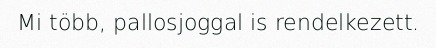
Mi több, pallosjoggal is rendelkezett.